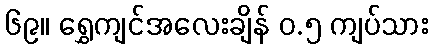
၆၉။ ရွှေကျင်အလေးချိန် ၀.၅ ကျပ်သား